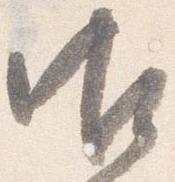
御